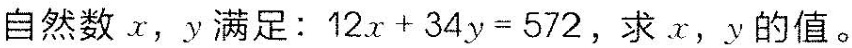
自然数x,y满足：$$1 2 x +3 4 y = 5 7 2$$，求x,y的值